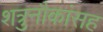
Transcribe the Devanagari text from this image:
शत्रुनौकांसह